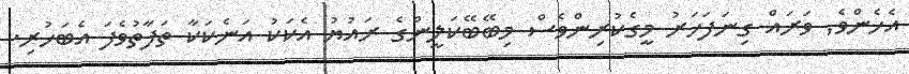
އެހެންވެ